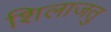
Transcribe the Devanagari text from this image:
शिलाजतु